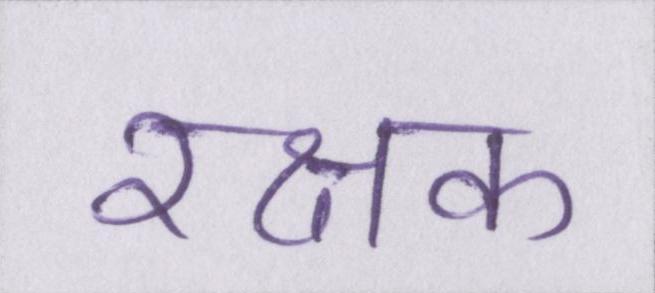
रक्षक